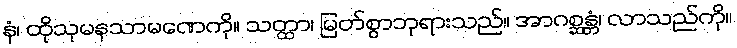
နံ၊ ထိုသုမနသာမဏေကို။ သတ္ထာ၊ မြတ်စွာဘုရားသည်။ အာဂစ္ဆန္တံ၊ လာသည်ကို။